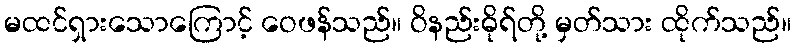
မထင်ရှားသောကြောင့် ဝေဖန်သည်။ ဝိနည်းဓိုရ်တို့ မှတ်သား ထိုက်သည်။